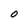
Character: 0